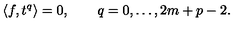
\langle f , t ^ { q } \rangle = 0 , \qquad q = 0 , \dots , 2 m + p - 2 .